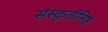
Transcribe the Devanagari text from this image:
संस्कृतीनिष्ठ